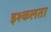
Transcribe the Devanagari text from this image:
इश्कलता